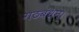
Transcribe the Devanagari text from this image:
गठबंधन।